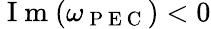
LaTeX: \mathrm{~I~m~}(\omega_{\mathrm{~P~E~C~}})<0